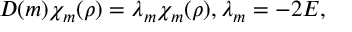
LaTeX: D ( m ) \chi _ { m } ( \rho ) = \lambda _ { m } \chi _ { m } ( \rho ) , \lambda _ { m } = - 2 E ,